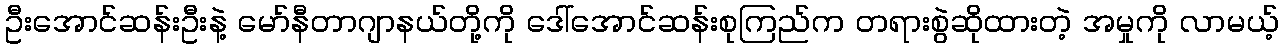
ဦးအောင်ဆန်းဦးနဲ့ မော်နီတာဂျာနယ်တို့ကို ဒေါ်အောင်ဆန်းစုကြည်က တရားစွဲဆိုထားတဲ့ အမှုကို လာမယ့်